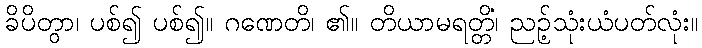
ခိပိတွာ၊ ပစ်၍ ပစ်၍။ ဂဏေတိ၊ ၏။ တိယာမရတ္တိံ၊ ညဉ့်သုံးယံပတ်လုံး။